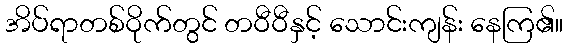
အိပ်ရာတစ်ဝိုက်တွင် တဝီဝီနှင့် သောင်းကျန်း နေကြ၏။